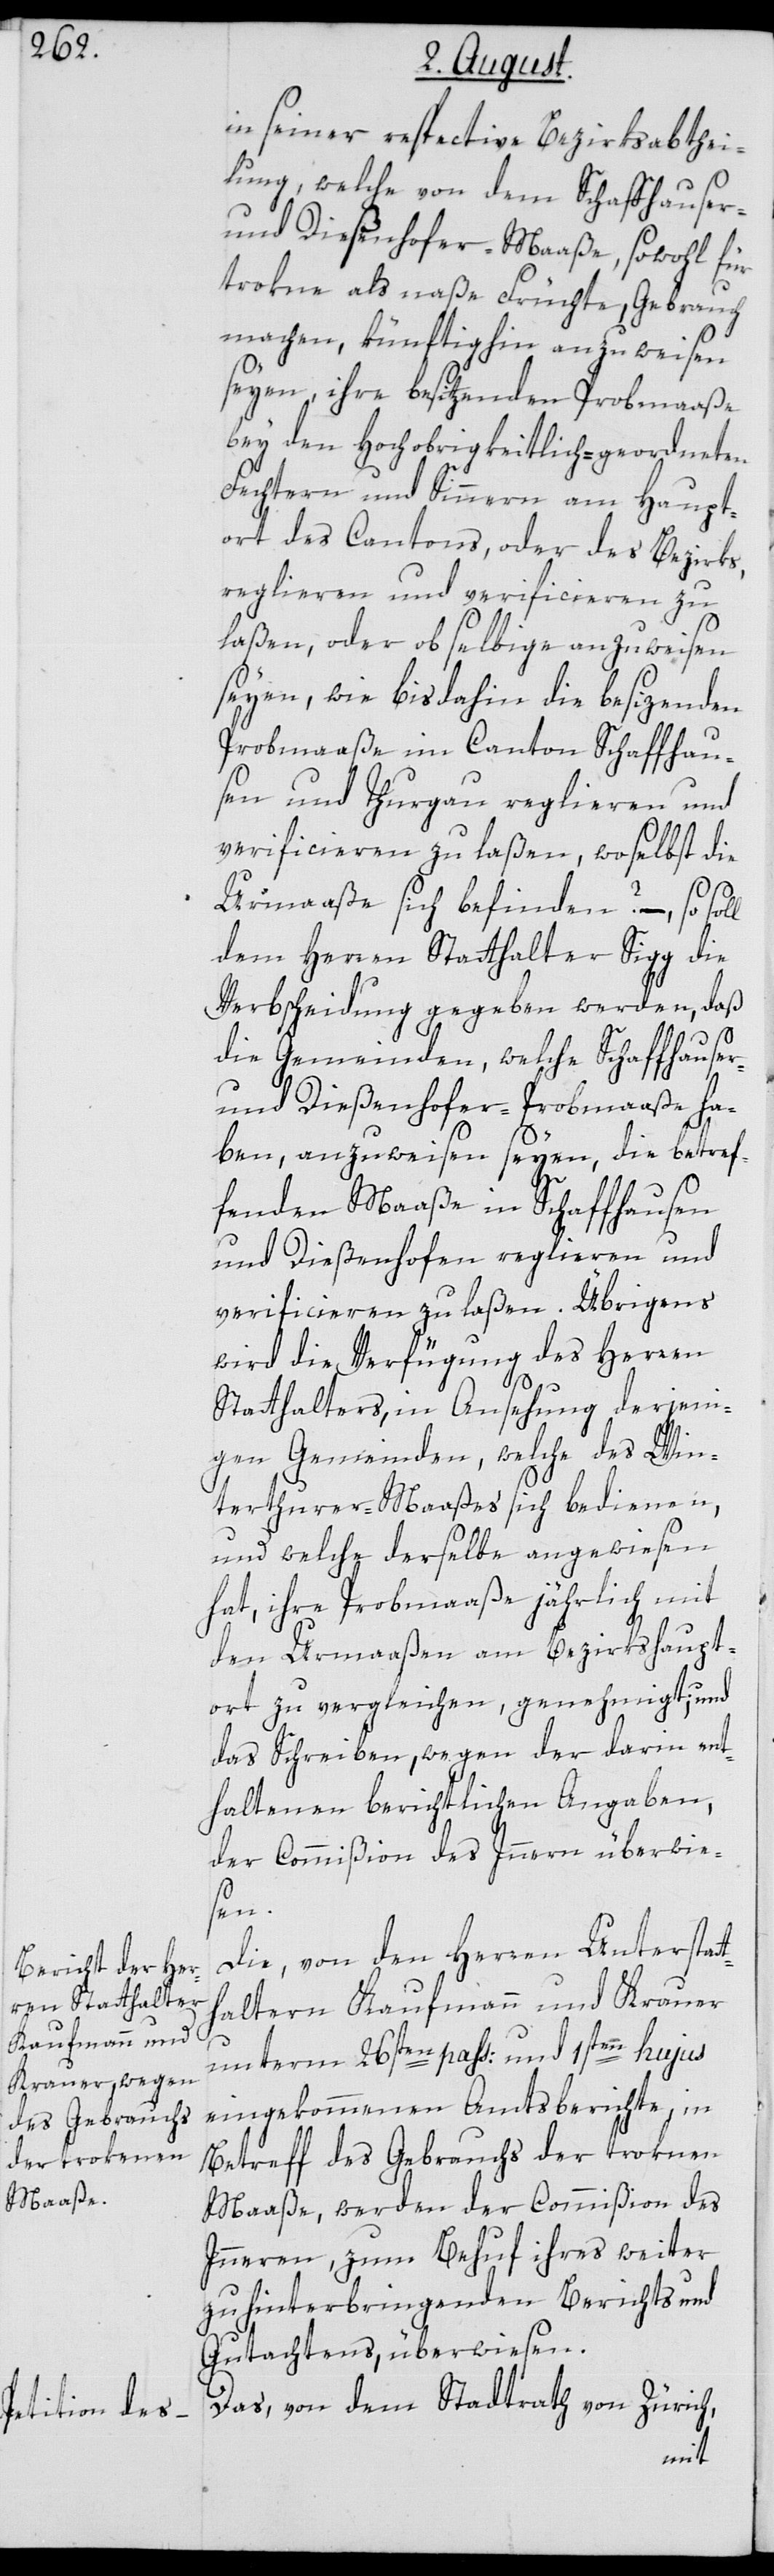
in seiner respective Bezirksabthei¬
lung, welche von dem Schaffhauser-
und Dießenhofer-Maaße, sowohl für
trokne als naße Früchte, Gebrauch
machen, künftighin anzuweisen
seyen, ihre besitzenden Probmaaße
bey den Hochobrigkeitlich-geordneten
Fechtern und Sinnern am Haupt¬
ort des Cantons, oder des Bezirks,
regliren und verificieren zu
laßen, oder ob selbige anzuweisen
seyen, wie bisdahin die besizenden
Probmaaße im Canton Schaffhau¬
sen und Thurgau reglieren und
verificieren zu laßen, woselbst die
Urmaaße sich befinden? – so soll
dem Herren Statthalter Sigg die
Verbscheidung gegeben werden, daß
die Gemeinden, welche Schaffhauser-
und Dießenhofer-Probmaaße ha¬
ben, anzuweisen seyen, die betref¬
th¬
fenden Maaße in Schaffhausen
und Dießenhofen reglieren und
verificieren zu laßen. Übrigens
wird die Verfügung des Herren
Statthalters, in Ansehung derjeni¬
gen Gemeinden, welche des Win¬
terthurer-Maaßes sich bedienen,
und welche derselbe angewiesen
hat, ihre Probmaaße jährlich mit
den Urmaaßen am Bezirkshaupt¬
ort zu vergleichen, genehmigt; und
das Schreiben, wegen der darin ent¬
haltenen berichtlichen Angaaben,
der Commißion des Innern überwie¬
sen.
Die, von den Herren Unterstat¬
altern Kaufmann und Krauer
unterm 26sten pass: und 1sten hujus
eingekommenen Amtsberichte, in
Betreff des Gebrauchs der trokenen
Maaße, werden der Commißion des
Innern, zum Behuf ihres weiter
zu hinterbringenden Berichts und
Gutachtens, überwiesen.
Das, von dem Stadtrath von Zürich,